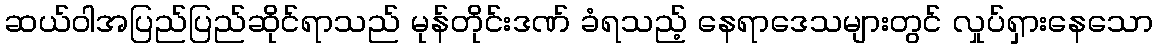
ဆယ်ဝါအပြည်ပြည်ဆိုင်ရာသည် မုန်တိုင်းဒဏ် ခံရသည့် နေရာဒေသများတွင် လှုပ်ရှားနေသော